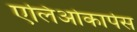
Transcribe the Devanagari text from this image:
एलिओकार्पस